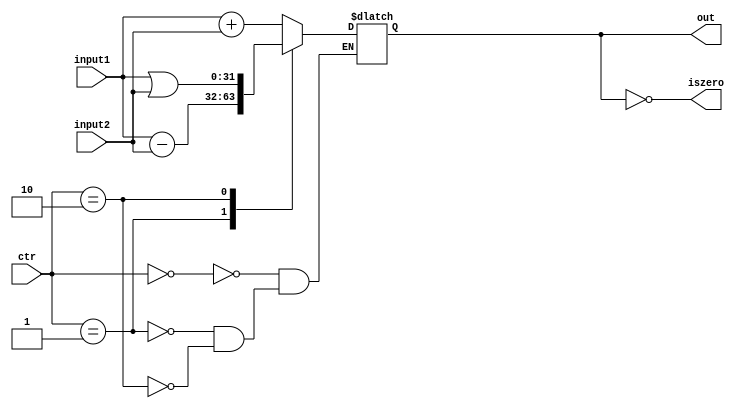
`timescale 1ns / 1ps
//////////////////////////////////////////////////////////////////////////////////
// Company: 
// Engineer: 
// 
// Design Name: 
// Module Name:    ALU 
// Project Name: 
// Target Devices: 
// Tool versions: 
// Description: 
//
// Dependencies: 
//
// Revision: 
// Revision 0.01 - File Created
// Additional Comments: 
//
//////////////////////////////////////////////////////////////////////////////////
module ALU(
    input [31:0] input1,
    input [31:0] input2,
    input [2:0] ctr,
    output reg [31:0] out,
    output iszero
    );
	 assign iszero = (out==0);
    always@(*)begin
	    case(ctr)
		    3'b000:out = input1+input2;
			 3'b001:out = input1-input2;
			 3'b010:out = input1|input2;
		 endcase
	 end

endmodule